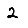
Digit: 2